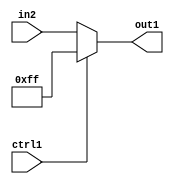
`timescale 1ps / 1ps
/*****************************************************************************
    Verilog RTL Description
    
    
    Created by: Stratus DpOpt 21.05.01 
*******************************************************************************/

module SobelFilter_N_Mux_24_2_115_4 (
	in2,
	ctrl1,
	out1
	); /* architecture "behavioural" */ 
input [23:0] in2;
input  ctrl1;
output [23:0] out1;
wire [23:0] asc001;

reg [23:0] asc001_tmp_0;
assign asc001 = asc001_tmp_0;
always @ (ctrl1 or in2) begin
	case (ctrl1)
		1'B1 : asc001_tmp_0 = 24'B000000000000000011111111 ;
		default : asc001_tmp_0 = in2 ;
	endcase
end

assign out1 = asc001;
endmodule

/* CADENCE  uLnyQwE= : u9/ySxbfrwZIxEzHVQQV8Q== ** DO NOT EDIT THIS LINE ******/